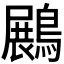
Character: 𪄡